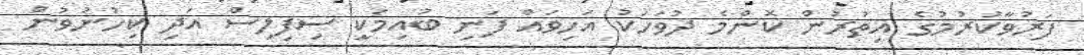
ފަރުވާކުރުމުގެ އިތުރުން ކޮންމެ ދުވަހަކު އަހިވައް ފަނި ބުއިމަކީ ސިފިލިސް އަދި ކިހުނުވުން